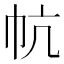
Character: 𰏔